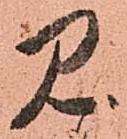
見